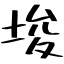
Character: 埈